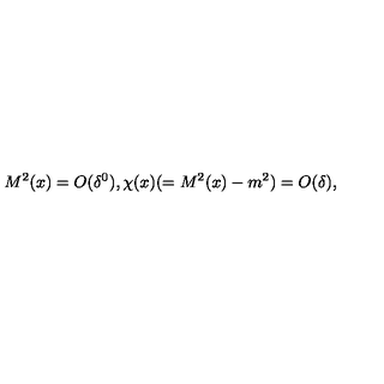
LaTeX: M ^ { 2 } ( x ) = O ( \delta ^ { 0 } ) , \chi ( x ) ( = M ^ { 2 } ( x ) - m ^ { 2 } ) = O ( \delta ) ,